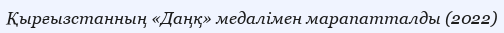
Қырғызстанның «Даңқ» медалімен марапатталды (2022)